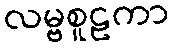
လမ္ဗစူဠကာ